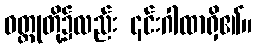
ဝတ္ထုတို့၌လည်း ၎င်းဂါထာရှိ၏။